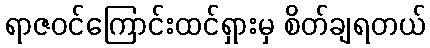
ရာဇဝင်ကြောင်းထင်ရှားမှ စိတ်ချရတယ်